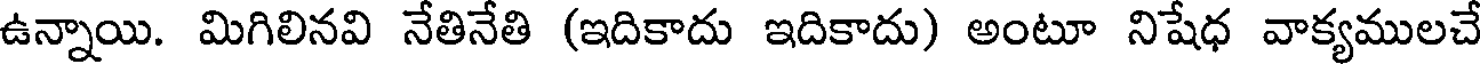
ఉన్నాయి. మిగిలినవి నేతినేతి (ఇదికాదు ఇదికాదు) అంటూ నిషేధ వాక్యములచే